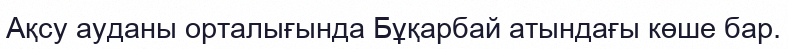
Ақсу ауданы орталығында Бұқарбай атындағы көше бар.